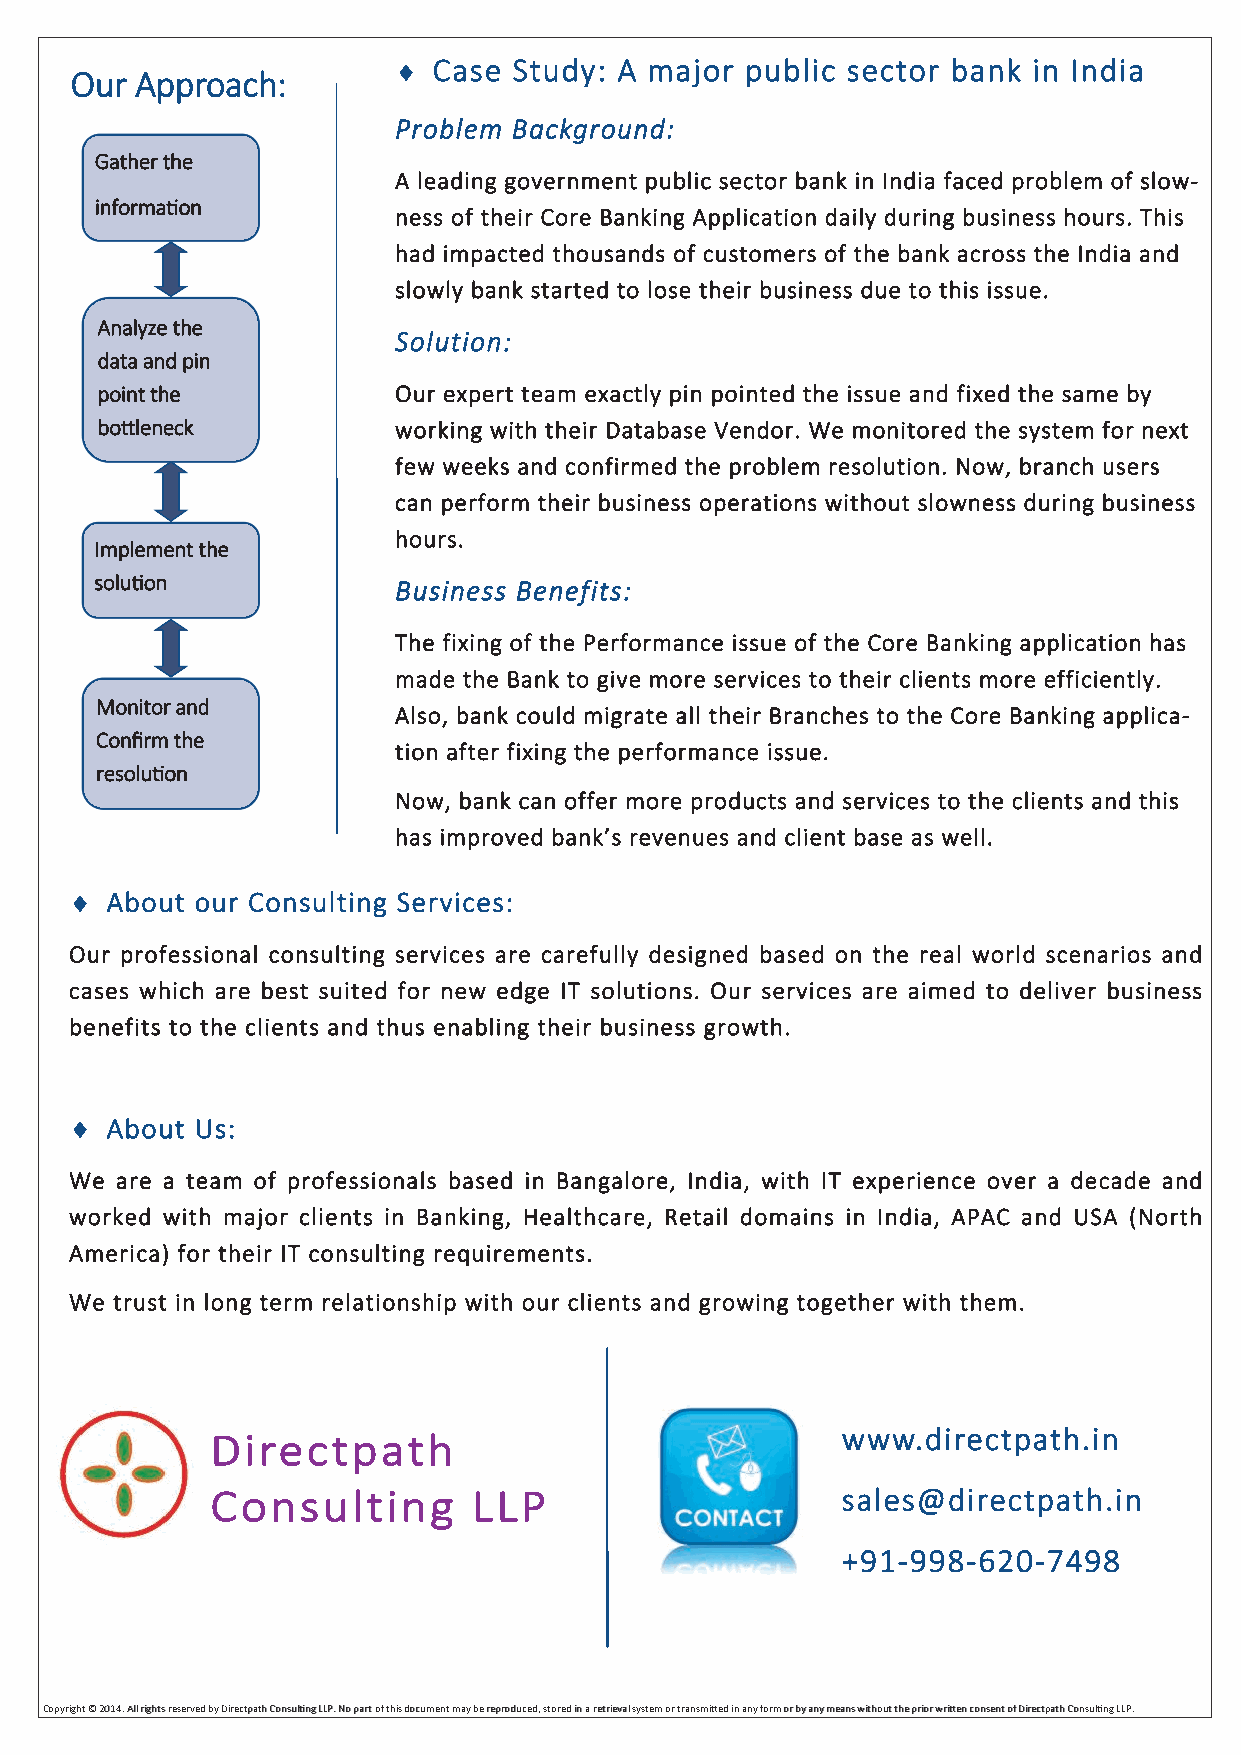
  Case Study: A major public sector bank in India
 Our Approach:
 Problem Background:
 Gather the
 A leading government public sector bank in India faced problem of slow-
 information
 ness of their Core Banking Application daily during business hours. This
 had impacted thousands of customers of the bank across the India and
 slowly bank started to lose their business due to this issue.
 Analyze the
 Solution:
 data and pin
 point the           Our expert team exactly pin pointed the issue and fixed the same by
 bottleneck          working with their Database Vendor. We monitored the system for next
 few weeks and confirmed the problem resolution. Now, branch users
 can perform their business operations without slowness during business
 hours.
 Implement the
 solution            Business Benefits:
 The fixing of the Performance issue of the Core Banking application has
 made the Bank to give more services to their clients more efficiently.
 Monitor and
 Also, bank could migrate all their Branches to the Core Banking applica-
 Confirm the
 tion after fixing the performance issue.
 resolution
 Now, bank can offer more products and services to the clients and this
 has improved bank’s revenues and client base as well.
  About our Consulting Services:
 Our professional consulting services are carefully designed based on the real world scenarios and
 cases which are best suited for new edge IT solutions. Our services are aimed to deliver business
 benefits to the clients and thus enabling their business growth.
  About Us:
 We are a team of professionals based in Bangalore, India, with IT experience over a decade and
 worked with major clients in Banking, Healthcare, Retail domains in India, APAC and USA (North
 America) for their IT consulting requirements.
 We trust in long term relationship with our clients and growing together with them.
 Directpath                                www.directpath.in
 Consulting       LLP                      sales@directpath.in
 +91-998-620-7498
 CCCooopppyyyrrriiiggghhhttt ©©© 222000111444... AAAllllll rrriiiggghhhtttsss rrreeessseeerrrvvveeeddd bbbyyy DDDiiirrreeeccctttpppaaattthhh CCCooonnnsssuuullltititinnnggg LLLLLLPPP... NNNooo pppaaarrrttt ooofff ttthhhiiisss dddooocccuuummmeeennnttt mmmaaayyy bbbeee rrreeeppprrroooddduuuccceeeddd,,, ssstttooorrreeeddd iiinnn aaa rrreeetttrrriiieeevvvaaalll sssyyysssttteeemmm ooorrr tttrrraaannnsssmmmiiitttttteeeddd iiinnn aaannnyyy fffooorrrmmm ooorrr bbbyyy aaannnyyy mmmeeeaaannnsss wwwiiittthhhooouuuttt ttthhheee ppprrriiiooorrr wwwrrriiitttttteeennn cccooonnnssseeennnttt ooofff DDDiiirrreeeccctttpppaaattthhh CCCooonnnsssuuullltititinnnggg LLLLLLPPP...